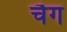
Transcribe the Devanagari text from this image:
चैग